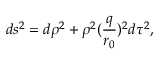
d s ^ { 2 } = d \rho ^ { 2 } + \rho ^ { 2 } ( \frac { q } { r _ { 0 } } ) ^ { 2 } d \tau ^ { 2 } ,